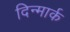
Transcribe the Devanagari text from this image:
दिन्मार्क